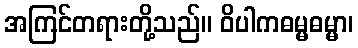
အကြင်တရားတို့သည်။ ဝိပါကဓမ္မဓမ္မာ၊